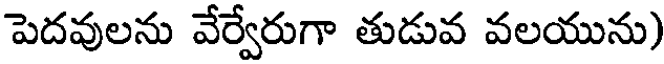
పెదవులను వేర్వేరుగా తుడువ వలయును)